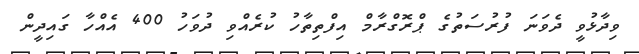
ވިދާޅުވީ ދެވަނަ ފުރުސަތުގެ ޕްރޮގްރާމް އިފްތިތާހު ކުރެއްވި ދުވަހު 400 އެއްހާ ގައިދީން